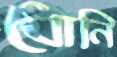
ধোনি